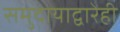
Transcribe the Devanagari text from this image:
समुदायाद्वारेही